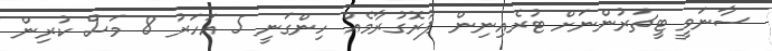
ސާނަވީ ޓީޗަރުންނަށް ޓުރެއިނިން ޕުރޮގުރާމެއް ހިންގަނީ 5 އަހަރު 8 މަސް ކުރިން